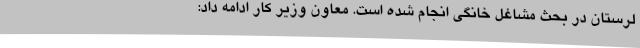
لرستان در بحث مشاغل خانگی انجام شده است. معاون وزیر کار ادامه داد: